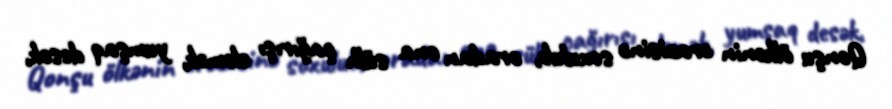
Qonşu ölkənin ərazisinə soxulub, oradan ona sülh çağırışı eləmək, yumşaq desək,